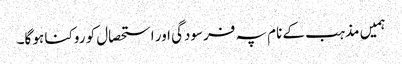
ہمیں مذہب کے نام پہ فرسودگی اور استحصال کو روکنا ہو گا۔